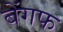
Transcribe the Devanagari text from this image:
बेंगफ